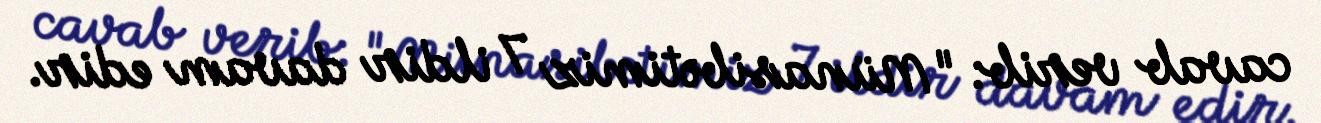
cavab verib: "Münasibətimiz 7 ildir davam edir.